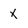
Character: X